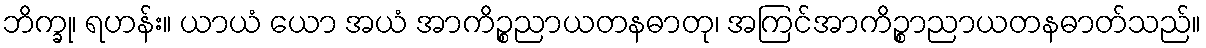
ဘိက္ခု၊ ရဟန်း။ ယာယံ ယော အယံ အာကိဉ္စညာယတနဓာတု၊ အကြင်အာကိဉ္စာညာယတနဓာတ်သည်။